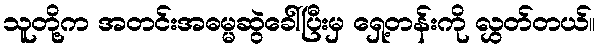
သူတို့က အတင်းအဓမ္မဆွဲခေါ်ပြီးမှ ရှေ့တန်းကို လွှတ်တယ်။